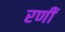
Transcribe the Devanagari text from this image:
रणीं